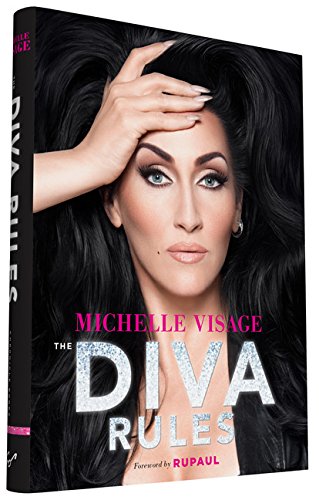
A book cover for The Diva Rules: Ditch the Drama, Find Your Strength, and Sparkle Your Way to the Top; Michelle Visage; Humor & Entertainment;